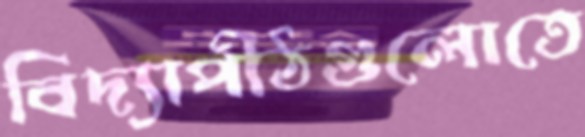
বিদ্যাপীঠগুলোতে